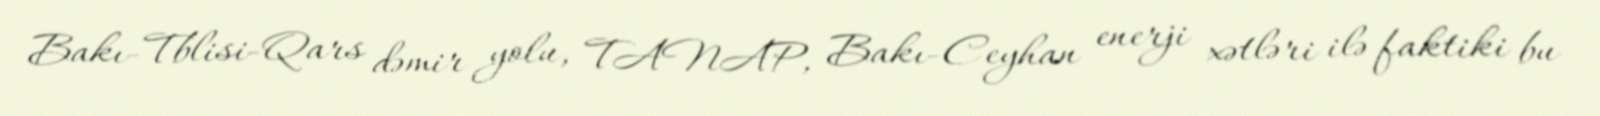
Bakı-Tblisi-Qars dəmir yolu, TANAP, Bakı-Ceyhan enerji xətləri ilə faktiki bu